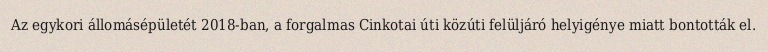
Az egykori állomásépületét 2018-ban, a forgalmas Cinkotai úti közúti felüljáró helyigénye miatt bontották el.